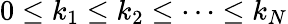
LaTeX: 0\le k_{1}\le k_{2}\le\dots\le k_{N}